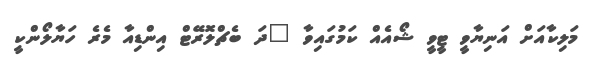
މަލިކާއަށް އަނިޔާވީ ޓީވީ ޝޯއެއް ކަމުގައިވާ "ދަ ބެޗްލޮރޭޓް އިންޑިއާ މެރެ ހަޔާލޯންކީ